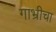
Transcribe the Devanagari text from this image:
गाभ्रीचा